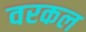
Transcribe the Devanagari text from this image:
वरकल